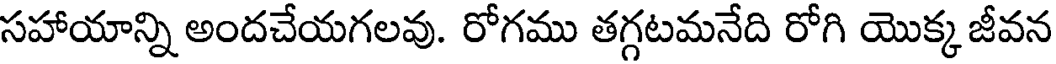
సహాయాన్ని అందచేయగలవు. రోగము తగ్గటమనేది రోగి యొక్క జీవన